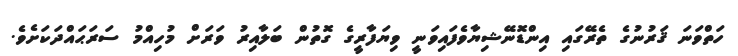
ހަތްވަނަ ޤަރުނުގެ ތެރޭގައި އިންޑޮނޭޝިޔާވެފައިވަނީ ވިޔަފާރީގެ ގޮތުން ބަލާއިރު ވަރަށް މުހިއްމު ސަރަޙައްދަކަށެވެ.